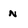
Character: n